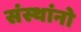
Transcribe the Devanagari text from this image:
संस्थांनो